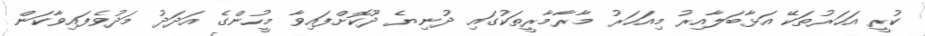
ކުރީ އަހަރުތަކޭ އަޅާބަލާއިރު މިއަހަރު މާރާމާރީތަކުގައި ދުނިޔެ ދޫކޮށްފައިވާ މީހުންގެ އަދަދު މަދުވެފައިވާކަން